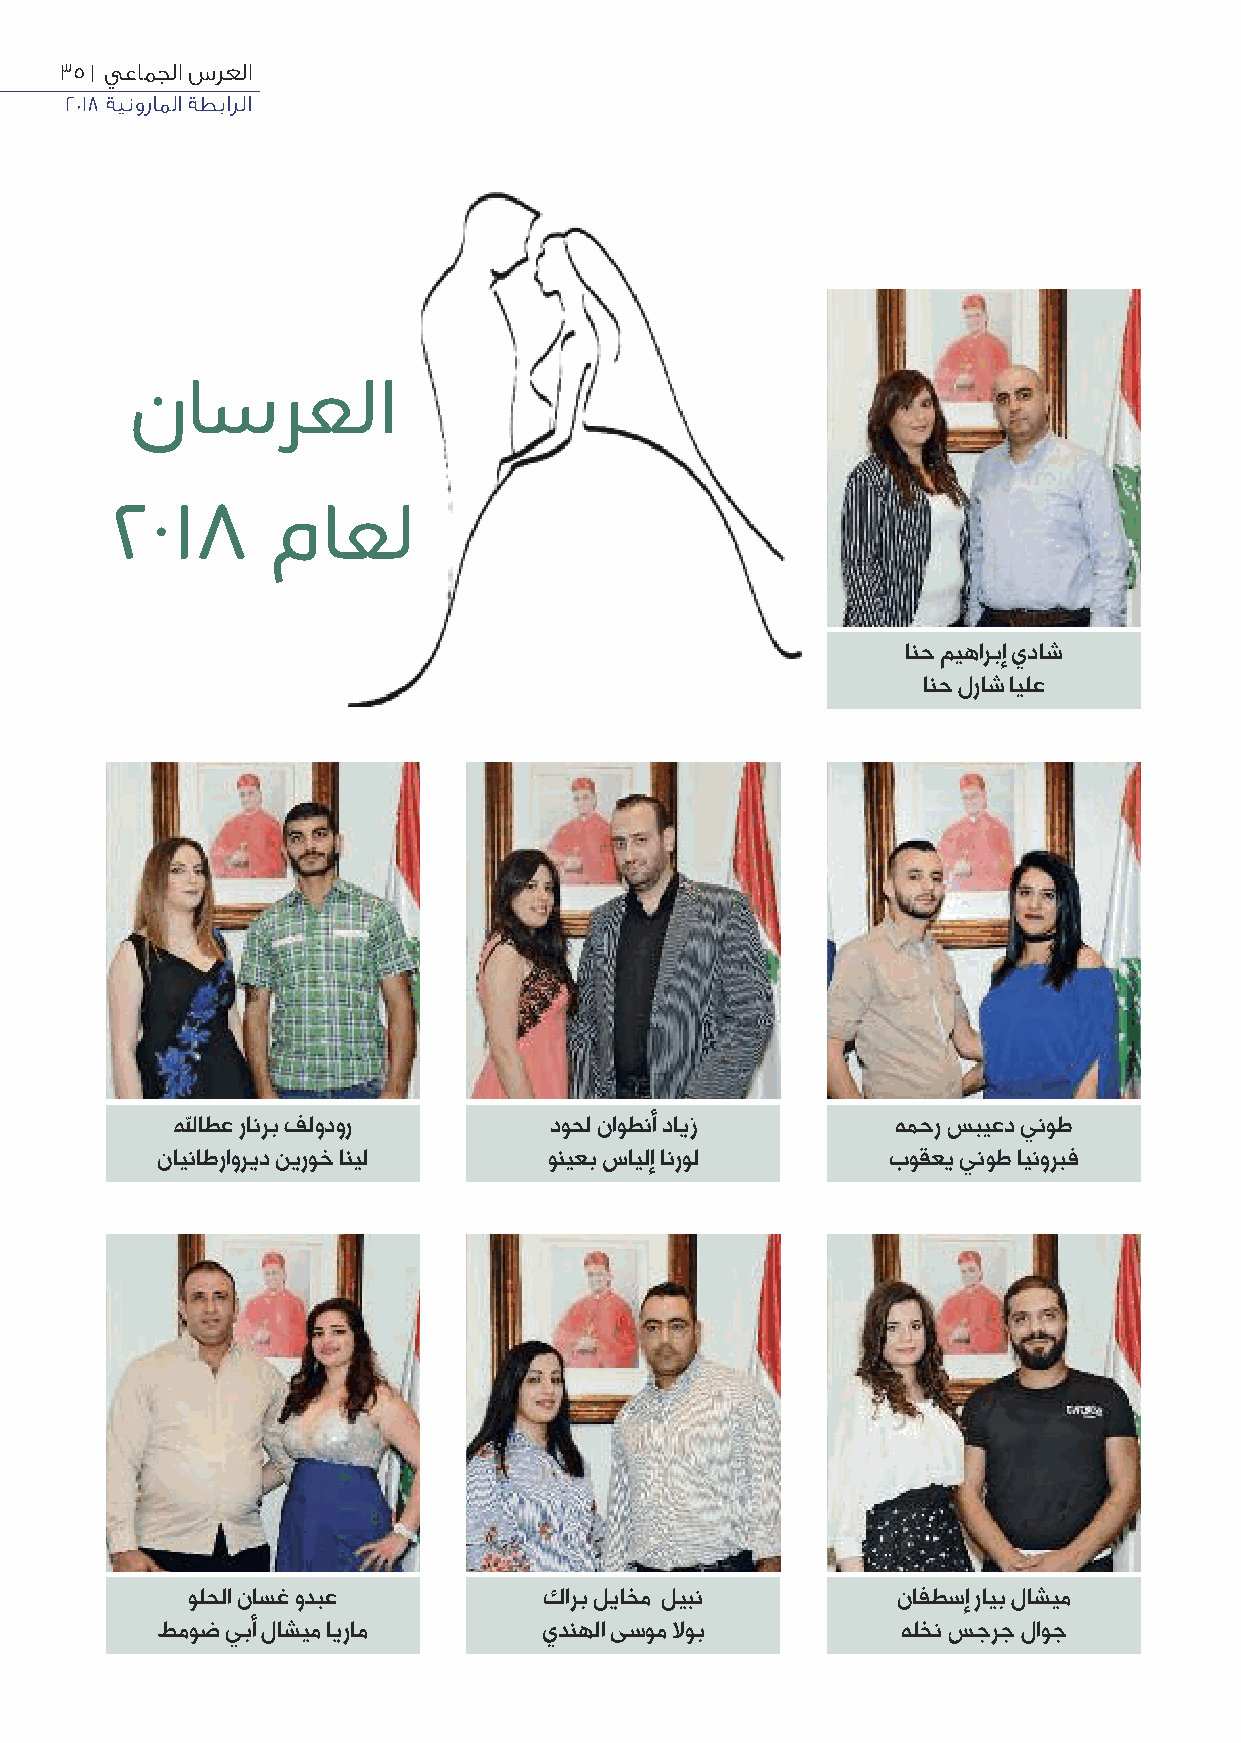
35 | يعامجلا سرعلا
 2018 ةينوراملا ةطبارلا
 ناسرعلا
 2018       ماعل
 انح ميهاربإ يداش
 انح لراش ايلع
 ﷲاطع رانرب فلودور        دوحل ناوطنأ دايز       همحر سبيعد ينوط
 نايناطراوريد نيروخ انيل   ونيعب سايلإ انرول      بوقعي ينوط اينوربف
 ولحلا ناسغ ودبع         كارب لياخم ليبن        نافطسإ رايب لاشيم
 طموض يبأ لاشيم ايرام      يدنهلا ىسوم ﻻوب         هلخن سجرج لاوج